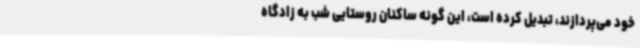
خود می‌پردازند، تبدیل کرده است، این گونه ساکنان روستایی شب به زادگاه